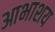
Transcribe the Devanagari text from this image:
आभाशय